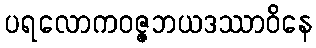
ပရလောကဝဇ္ဇဘယဒဿာဝိနေ